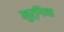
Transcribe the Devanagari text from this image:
मुर्गिया